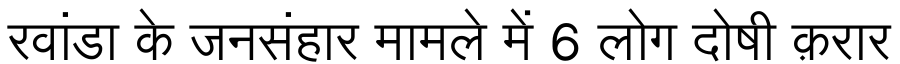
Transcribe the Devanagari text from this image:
रवांडा के जनसंहार मामले में 6 लोग दोषी क़रार